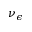
\nu _ { \epsilon }